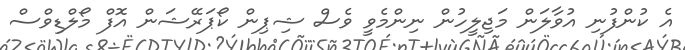
އެ ކުންފުނި އުވާލަން މަޖިލީހުން ނިންމެވީ ވެސް ޝިޕިން ކޯޕަރޭޝަން އޮފް މޯލްޑިވްސް